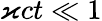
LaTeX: \varkappa ct\ll 1